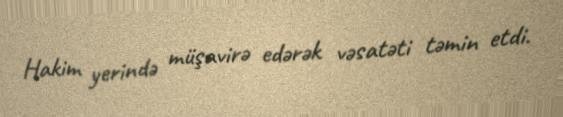
Hakim yerində müşavirə edərək vəsatəti təmin etdi.